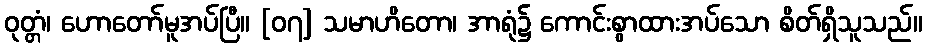
ဝုတ္တံ၊ ဟောတော်မူအပ်ပြီ။ [၀၇] သမာဟိတော၊ အာရုံ၌ ကောင်းစွာထားအပ်သော စိတ်ရှိသူသည်။